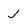
Character: j